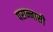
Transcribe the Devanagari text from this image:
परान्नासी